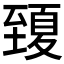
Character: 𦥍